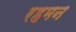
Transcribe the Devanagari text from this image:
रहमन